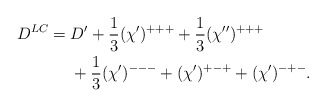
\begin{align*} D^{LC} = {} & D' + \frac{1}{3} (\chi')^{+++} + \frac{1}{3} (\chi'')^{+++}\\ & + \frac{1}{3} (\chi')^{---} + (\chi')^{+-+} + (\chi')^{-+-}. \end{align*}